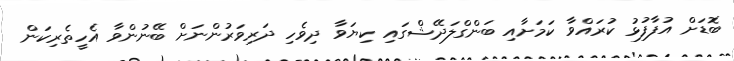
ބޮޑަށް އުފާފުޅު ކުރައްވާ ކަމަށާއި ބަންގްލަދޭޝްގައި ކިޔަވާ ދިވެހި ދަރިވަރުންނަށް ބޭނުންވާ އެހީތެރިކަން